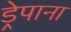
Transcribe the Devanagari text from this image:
ड्रेपाना